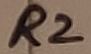
Text: R2